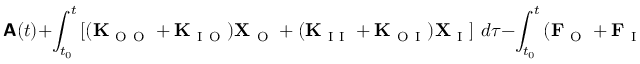
\boldsymbol { \mathsf { A } } ( t ) + \int _ { t _ { 0 } } ^ { t } \left[ ( \mathbf { K } _ { \mathrm { ~ O ~ O ~ } } + \mathbf { K } _ { \mathrm { ~ I ~ O ~ } } ) \mathbf { X } _ { \mathrm { ~ O ~ } } + ( \mathbf { K } _ { \mathrm { ~ I ~ I ~ } } + \mathbf { K } _ { \mathrm { ~ O ~ I ~ } } ) \mathbf { X } _ { \mathrm { ~ I ~ } } \right] \, d \tau - \int _ { t _ { 0 } } ^ { t } \left( \mathbf { F } _ { \mathrm { ~ O ~ } } + \mathbf { F } _ { \mathrm { ~ I ~ } } \right) \, d \tau = \boldsymbol { \mathsf { A } } ( t _ { 0 } ) \, ,